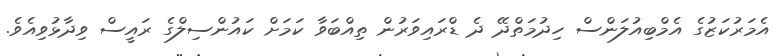
އެމަރުކަޒުގެ އެމްބިއުލަންސް ހިދުމަތްދޭ ދެ ޑްރައިވަރުން ތިއްބަވާ ކަމަށް ކައުންސިލްގެ ރައީސް ވިދާޅުވިއެވެ.